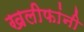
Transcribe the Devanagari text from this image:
खलीफांनी